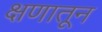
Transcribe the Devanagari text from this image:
क्षणातून